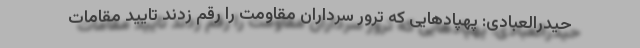
حیدرالعبادی: پهپادهایی که ترور سرداران مقاومت را رقم زدند تایید مقامات